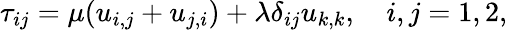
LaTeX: \tau_{ij}=\mu(u_{i,j}+u_{j,i})+\lambda\delta_{ij}u_{k,k},\quad i,j=1,2,